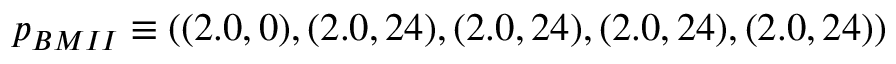
p _ { B M I I } \equiv ( ( 2 . 0 , 0 ) , ( 2 . 0 , 2 4 ) , ( 2 . 0 , 2 4 ) , ( 2 . 0 , 2 4 ) , ( 2 . 0 , 2 4 ) )